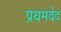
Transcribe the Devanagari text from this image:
प्रथमवेद